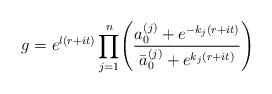
LaTeX: \begin{align*}g = e^{l(r+it)}\displaystyle\prod_{j=1}^{n}\Biggl({{a_0^{(j)}+e^{-{k_j}(r+it)}}\over{\bar a_0^{(j)} + e^{{k_j}(r+it)}}}\Biggr)\end{align*}